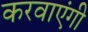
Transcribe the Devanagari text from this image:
करवाएंगी